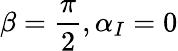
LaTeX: \beta=\frac{\pi}{2},\alpha_{I}=0